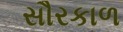
સૌરકાળ